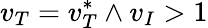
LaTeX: v_{T}=v_{T}^{*}\land v_{I}>1